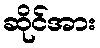
ဆိုင်အား